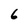
Character: 6